Vaccination in the Punjab 1883-1896 - 1883-1896
Year: 1883
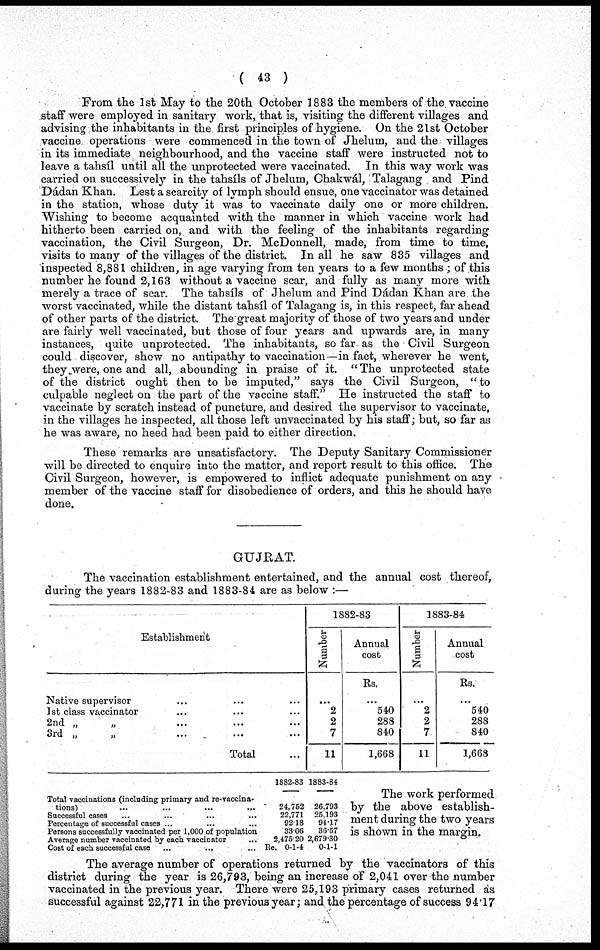
( 43 )
From the 1st May to the 20th October 1883 the members of the vaccine
staff were employed in sanitary work, that is, visiting the different villages and
advising the inhabitants in the first principles of hygiene. On the 21st October
vaccine operations were commenced in the town of Jhelum, and the villages
in its immediate neighbourhood, and the vaccine staff were instructed not to
leave a tahsíl until all the unprotected were vaccinated. In this way work was
carried on successively in the tahsíls of Jhelum, Chakwál, Talagang and Pind
Dádan Khan. Lest a scarcity of lymph should ensue, one vaccinator was detained
in the station, whose duty it was to vaccinate daily one or more children.
Wishing to become acquainted with the manner in which vaccine work had
hitherto been carried on, and with the feeling of the inhabitants regarding
vaccination, the Civil Surgeon, Dr. McDonnell, made, from time to time,
visits to many of the villages of the district. In all he saw 835 villages and
inspected 8,881 children, in age varying from ten years to a few months ; of this
number he found 2,163 without a vaccine scar, and fully as many more with
merely a trace of scar. The tahsíls of Jhelum and Pind Dádan Khan are the
worst vaccinated, while the distant tahsíl of Talagang is, in this respect, far ahead
of other parts of the district. The great majority of those of two years and under
are fairly well vaccinated, but those of four years and upwards are, in many
instances, quite unprotected. The inhabitants, so far as the Civil Surgeon
could discover, show no antipathy to vaccination—in fact, wherever he went,
they were, one and all, abounding in praise of it. "The unprotected state
of the district ought then to be imputed," says the Civil Surgeon, "to
culpable neglect on the part of the vaccine staff." He instructed the staff to
vaccinate by scratch instead of puncture, and desired the supervisor to vaccinate,
in the villages he inspected, all those left unvaccinated by his staff; but, so far as
he was aware, no heed had been paid to either direction.
These remarks are unsatisfactory. The Deputy Sanitary Commissioner
will be directed to enquire into the matter, and report result to this office. The
Civil Surgeon, however, is empowered to inflict adequate punishment on any
member of the vaccine staff for disobedience of orders, and this he should have
done.
GUJRAT.
The vaccination establishment entertained, and the annual cost thereof,
during the years 1882-83 and 1883-84 are as below :—
Establishment
Native supervisor ... ... ...
1st class vaccinator ... ... ...
2nd „ „ ... ... ...
3rd „ „ ... ... ...
Total ...
1882-83
Number
...
2
2
7
11
Annual
cost
Rs.
...
540
288
840
1,668
1883-84
Number
...
2
2
7
11
Annual
cost
Rs.
...
540
288
840
1,668
Total vaccinations (including primary and re-vaccina¬
tions)
...
...
...
...
Successful cases ... ... ... ...
Percentage of successful cases ... ... ... ...
Persons successfully vaccinated per 1,000 of population
Average number vaccinated by each vaccinator
...
Cost of each successful case ... ... ... ...
1882-83
24,752
22,771
92.18
33.06
2,475.20
Re. 0-1-4
1883-84
26,793
25,193
94.17
36.57
2,679.30
0-1-1
The work performed
by the above establish-
ment during the two years
is shown in the margin.
The average number of operations returned by the vaccinators of this
district during the year is 26,793, being an increase of 2,041 over the number
vaccinated in the previous year. There were 25,193 primary cases returned as
successful against 22,771 in the previous year; and the percentage of success 94.17